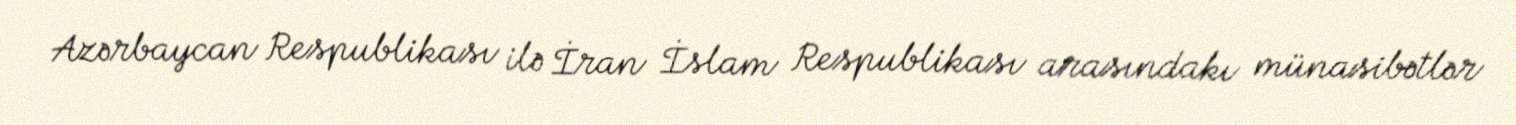
Azərbaycan Respublikası ilə İran İslam Respublikası arasındakı münasibətlər